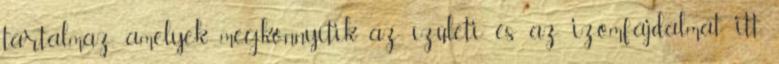
tartalmaz, amelyek megkönnyítik az ízületi és az izomfájdalmat itt